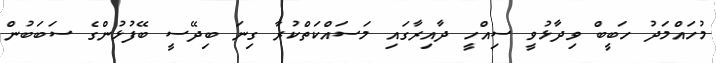
މުހަައްމަދު ހަބީބް ވިދާޅުވީ ސިއްހީ ދާއިރާގައި މަސައްކަތްކުރާ ގިނަ ބިދޭސީ ބޭފުޅުންގެ ސަބަބުން